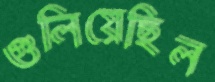
গুলিয়েছিল